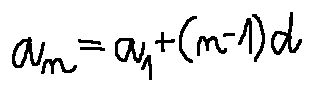
a _ { n } = a _ { 1 } + ( n - 1 ) d